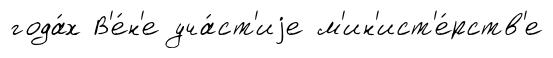
года́х В'е́н'е уча́ст'иjе м'ин'ист'е́рств'е